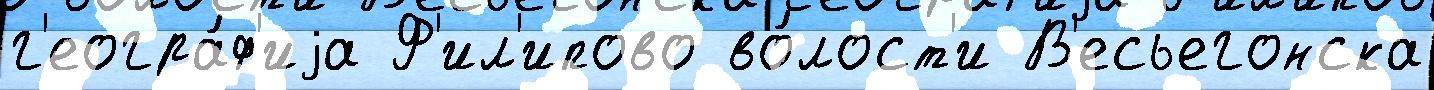
г'еогра́ф'иjа Ф'ил'ипово во́лост'и В'есьегонска